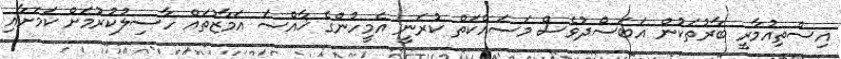
އިސްތިއުމާރީ ބާރުތަކުން އަބަސްދުވެސް މަސައްކަތް ކުރަނީ އެމީހުންގެ ޚާއްސަ އަމާޒުތައް ހާސިލުކުރުމަށް ކަމަށާއި